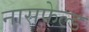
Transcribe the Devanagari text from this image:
नासफेल्ड